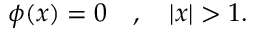
\phi ( x ) = 0 \quad , \quad | x | > 1 .